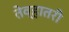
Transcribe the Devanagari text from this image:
तेव्हातरी